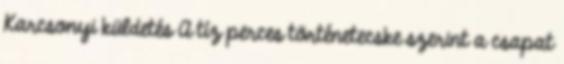
Karcsonyi küldetés A tíz perces történetecske szerint a csapat